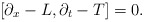
\begin{align*}\left[ \partial _x-L,\partial _t-T\right] =0.\end{align*}